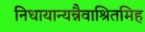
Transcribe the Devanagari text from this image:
निधायान्यन्नैवाश्रितमिह